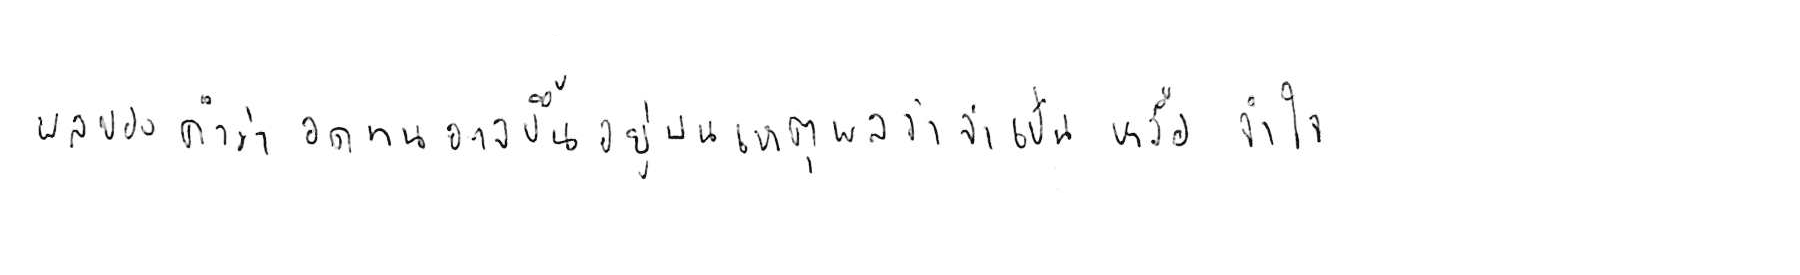
ผลของคำว่า อดทน อาจขึ้นอยู่บนเหตุผลว่า จำเป็น หรือ จำใจ